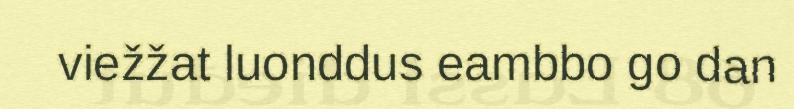
viežžat luonddus eambbo go dan